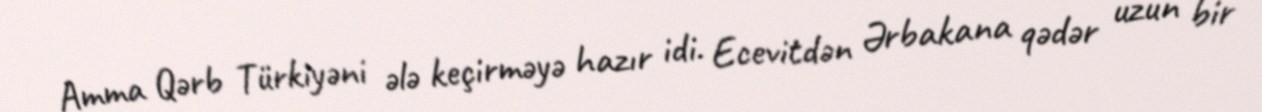
Amma Qərb Türkiyəni ələ keçirməyə hazır idi. Ecevitdən Ərbakana qədər uzun bir